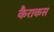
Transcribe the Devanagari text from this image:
कैराकस